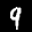
Label: 9